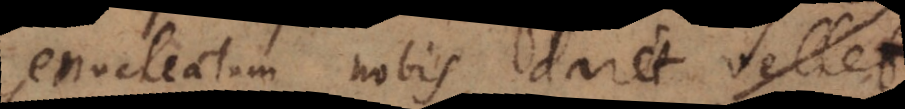
enucleatum nobis dare vellet